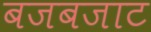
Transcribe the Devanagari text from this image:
बजबजाट